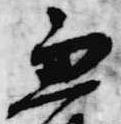
兼